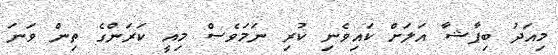
މިއަދު ބިޕާޝާ އަލަށް ކައިވެނި ކުރި ނަމަވެސް މިއީ ކަރަންގެ ތިން ވަނަ